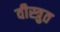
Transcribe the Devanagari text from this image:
वीस्त्रुत